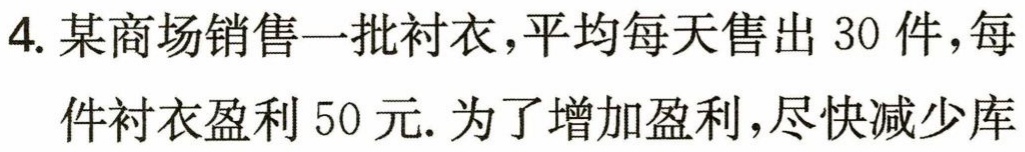
4. 某商场销售一批衬衣，平均每天售出 30 件，每件衬衣盈利 50 元. 为了增加盈利，尽快减少库